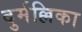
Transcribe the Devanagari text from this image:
दुर्मल्लिका